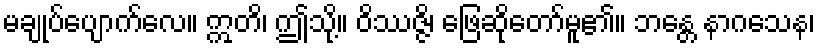
မချုပ်ပျောက်လေ။ ဣတိ၊ ဤသို့။ ဝိဿဇ္ဇိ၊ ဖြေဆိုတော်မူ၏။ ဘန္တေ နာဂသေန၊